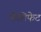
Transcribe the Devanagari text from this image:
कैलिफेट